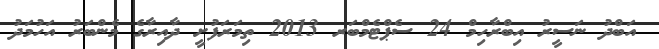
އަބްދު ނަސީރު އިބްރާހިމް 24 ސެޕްޓެމްބަރ 2013 ތިމަރަފުށީ ދާއިރާގެ މެންބަރު އަހުމަދު